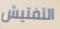
التفتيش